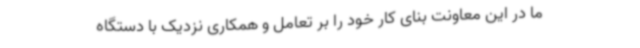
ما در این معاونت بنای کار خود را بر تعامل و همکاری نزدیک با دستگاه